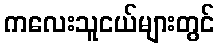
ကလေးသူငယ်များတွင်